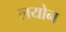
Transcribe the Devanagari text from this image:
लयोन